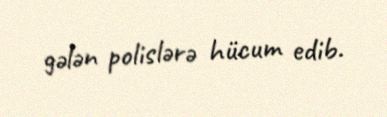
gələn polislərə hücum edib.